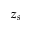
z _ { s }